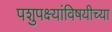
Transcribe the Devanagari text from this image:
पशुपक्ष्यांविषयीच्या